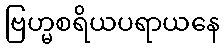
ဗြဟ္မစရိယပရာယနေ